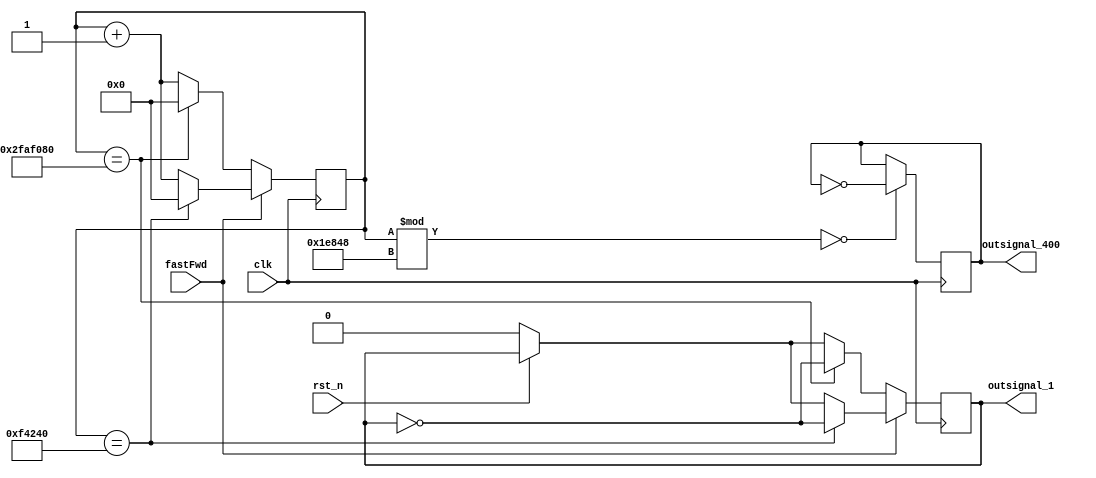
`timescale 1ns / 1ps
//////////////////////////////////////////////////////////////////////////////////
// Company: 
// Engineer: 
// 
// Design Name: 
// Module Name: clock_generator
// Project Name: 
// Target Devices: 
// Tool Versions: 
// Description: 
// 
// Dependencies: 
// 
// Revision:
// Revision 0.01 - File Created
// Additional Comments:
// 
//////////////////////////////////////////////////////////////////////////////////


module clock_generator(
    input clk, 
    input rst_n,
    input fastFwd,
    output reg outsignal_1, 
    output reg outsignal_400
    );
    
    reg [25:0] counter;
    
    always@(posedge clk) begin
        if (!rst_n) begin
           outsignal_1 <= 0;
        end
        counter <= counter + 1;
        if(fastFwd) begin
            if (counter == 1_000_000) begin
                outsignal_1 <= ~outsignal_1;
                counter <= 0;
            end
        end
        else begin
            if (counter == 50_000_000) begin
                outsignal_1 <= ~outsignal_1;
                counter <= 0;
            end
        end
        if (counter % 125_000 == 0)
            outsignal_400 <= ~outsignal_400;
    end
    
endmodule